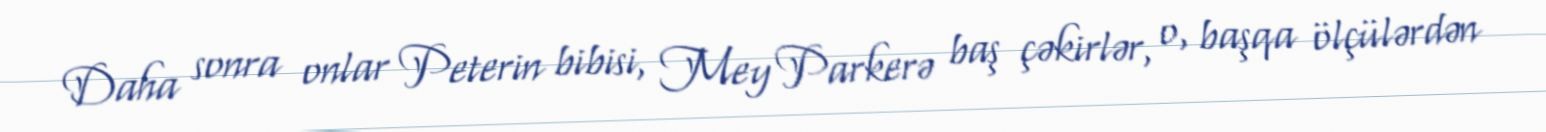
Daha sonra onlar Peterin bibisi, Mey Parkerə baş çəkirlər, o, başqa ölçülərdən